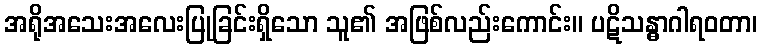
အရိုအသေးအလေးပြုခြင်းရှိသော သူ၏ အဖြစ်လည်းကောင်း။ ပဋိသန္ဓာဂါရဝတာ၊